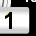
Digit: 1